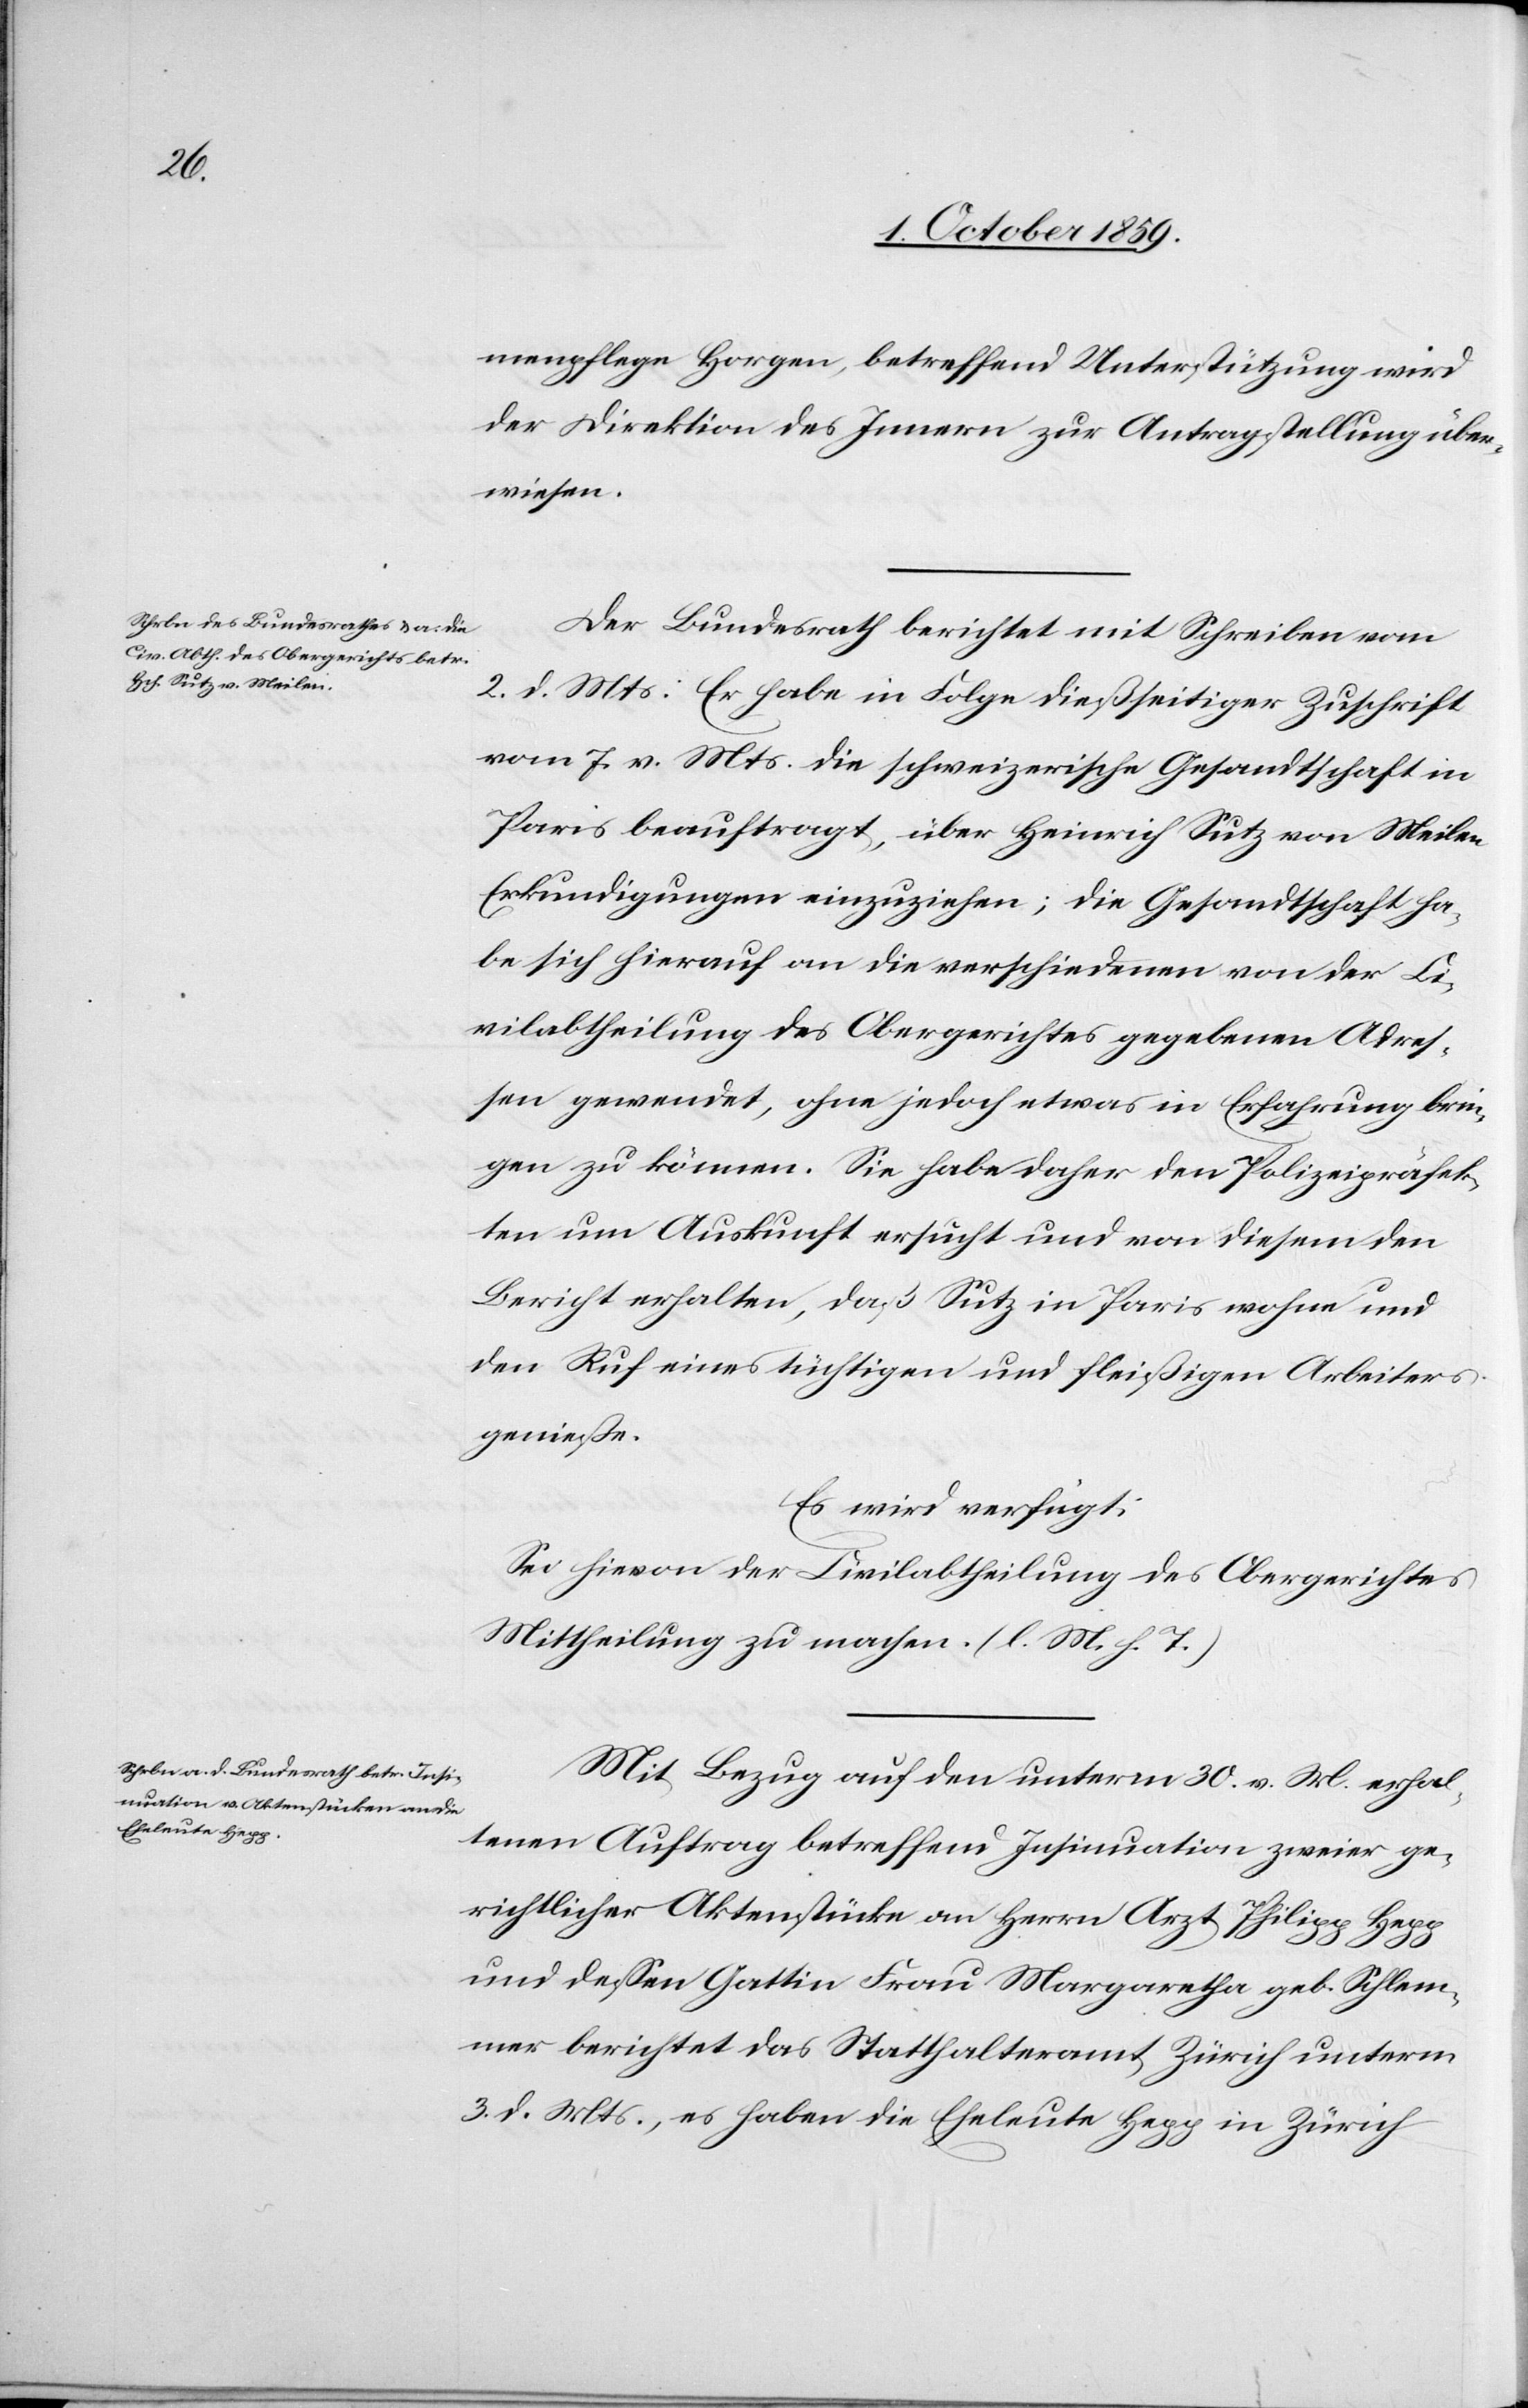
4. October 1859.]
menpflege Horgen, betreffend Unterstützung wird
der Direktion des Innern zur Antragstellung über¬
wiesen.
Der Bundesrath berichtet mit Schreiben vom
2. d. Mts: Es habe in Folge dießseitiger Zuschrift
vom 7. v. Mts. die schweizerische Gesandtschaft in
Paris beauftragt, über Heinrich Sutz von Meilen
Erkundigungen einzuziehen; die Gesandtschaft ha¬
be sich hierauf an die verschiedenen von der Ci¬
vilabtheilung des Obergerichtes gegebenen Adres¬
sen gewendet, ohne jedoch etwas in Erfahrung brin¬
gen zu können. Sie habe daher den Polizeipräfek¬
ten um Auskunft ersucht und von diesem den
Bericht erhalten, daß Sutz in Paris wohne und
den Ruf eines tüchtigen und fleißigen Arbeiters
genieße.
Es wird verfügt:
Sei hievon der Civilabtheilung des Obergerichtes
Mittheilung zu machen. (l. M. h. T.)
Mit Bezug auf den unterm 30. v. M. erhal¬
tenen Auftrag betreffend Insinuation zweier ge¬
richtlicher Aktenstücke an Herrn Arzt Philipp Hepp
und dessen Gattin Frau Margaretha geb. Schlem¬
mer berichtet das Statthalteramt Zürich unterm
3. d. Mts., es habe die Eheleute Hepp in Zürich